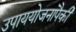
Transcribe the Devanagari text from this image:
उपाययोजनांपैकी